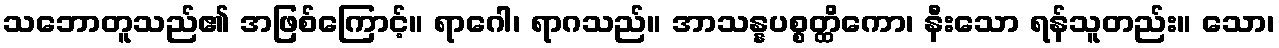
သဘောတူသည်၏ အဖြစ်ကြောင့်။ ရာဂေါ၊ ရာဂသည်။ အာသန္နပစ္စတ္ထိကော၊ နီးသော ရန်သူတည်း။ သော၊